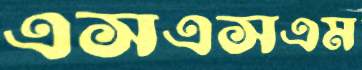
এসএসএম